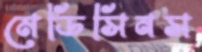
মেডিসিনস